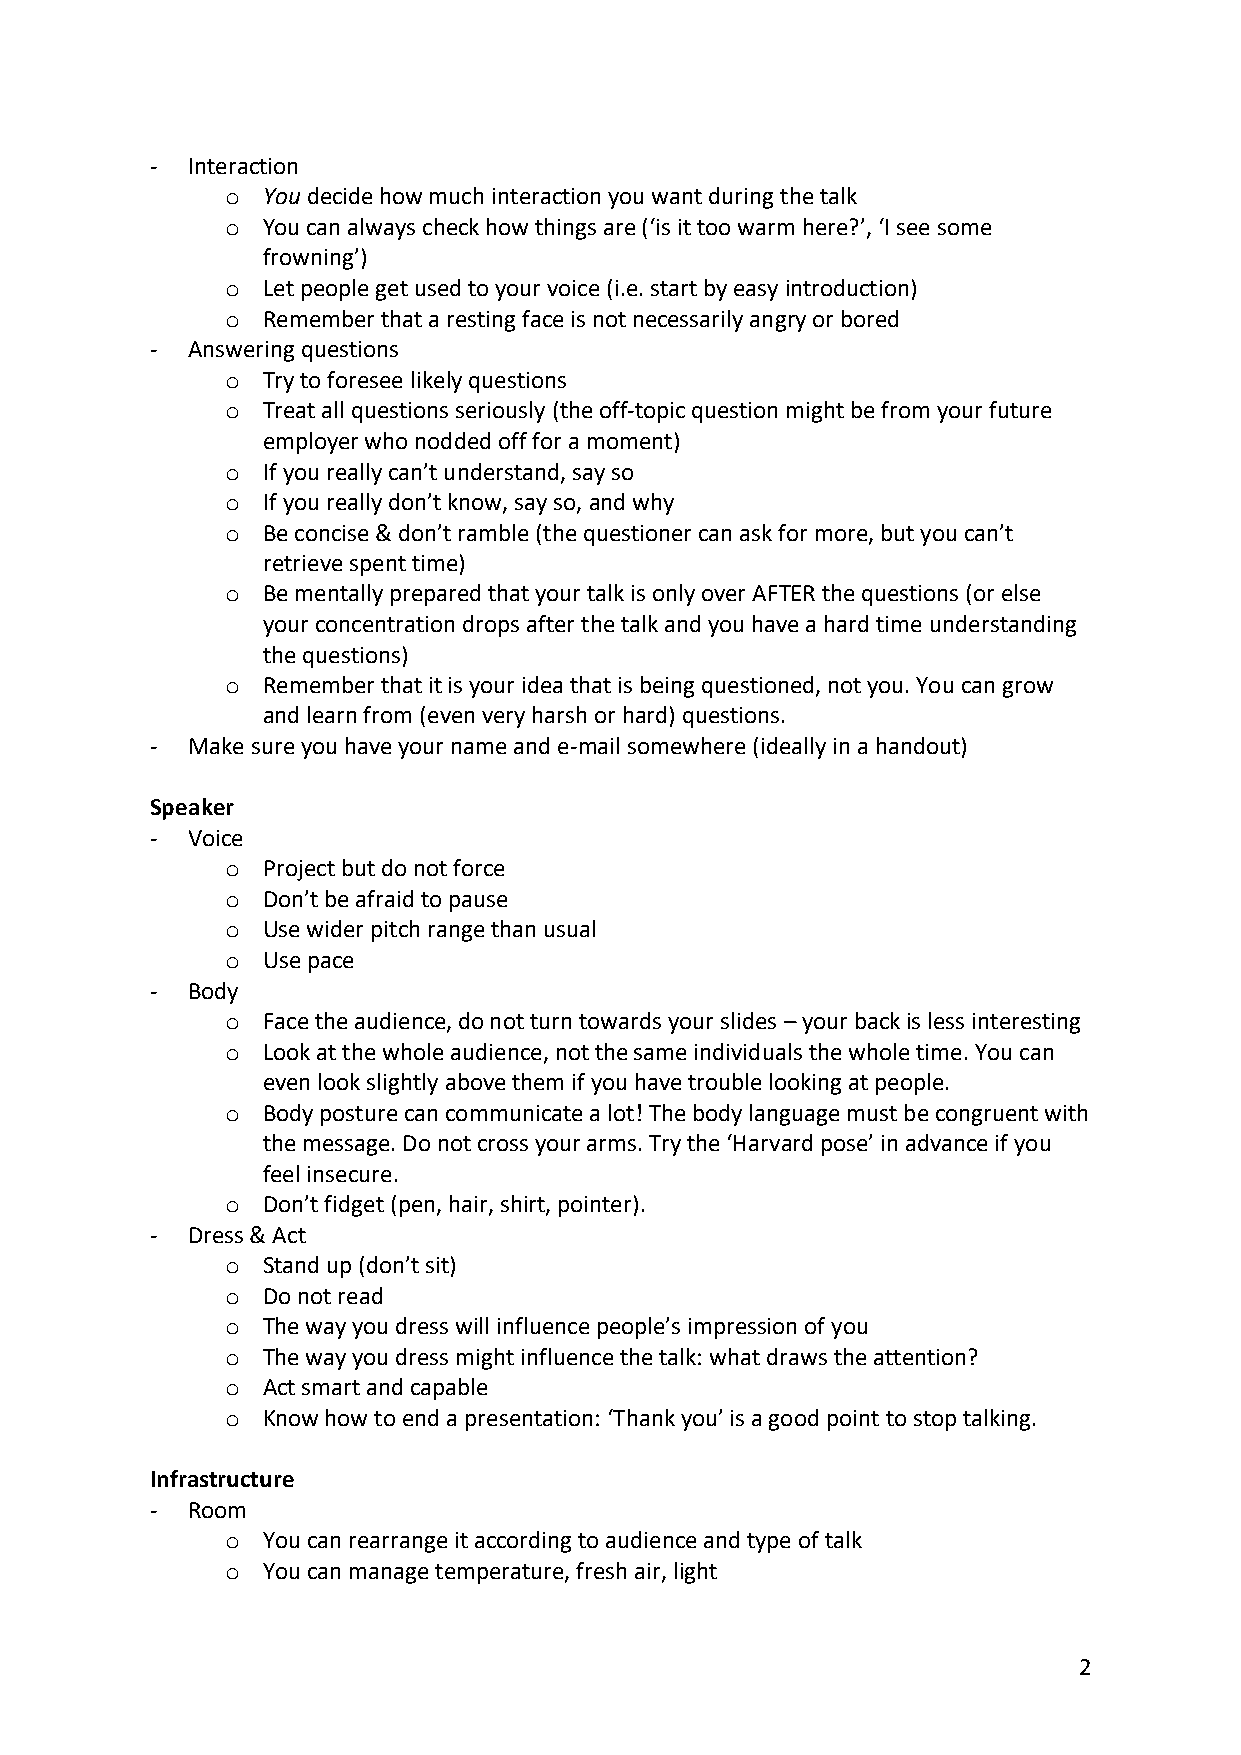
- Interaction
 o You decide how much interaction you want during the talk
 o You can always check how things are (‘is it too warm here?’, ‘I see some
 frowning’)
 o Let people get used to your voice (i.e. start by easy introduction)
 o Remember that a resting face is not necessarily angry or bored
 - Answering questions
 o Try to foresee likely questions
 o Treat all questions seriously (the off-topic question might be from your future
 employer who nodded off for a moment)
 o If you really can’t understand, say so
 o If you really don’t know, say so, and why
 o Be concise & don’t ramble (the questioner can ask for more, but you can’t
 retrieve spent time)
 o Be mentally prepared that your talk is only over AFTER the questions (or else
 your concentration drops after the talk and you have a hard time understanding
 the questions)
 o Remember that it is your idea that is being questioned, not you. You can grow
 and learn from (even very harsh or hard) questions.
 - Make sure you have your name and e-mail somewhere (ideally in a handout)
 Speaker
 - Voice
 o Project but do not force
 o Don’t be afraid to pause
 o Use wider pitch range than usual
 o Use pace
 - Body
 o Face the audience, do not turn towards your slides – your back is less interesting
 o Look at the whole audience, not the same individuals the whole time. You can
 even look slightly above them if you have trouble looking at people.
 o Body posture can communicate a lot! The body language must be congruent with
 the message. Do not cross your arms. Try the ‘Harvard pose’ in advance if you
 feel insecure.
 o Don’t fidget (pen, hair, shirt, pointer).
 - Dress & Act
 o Stand up (don’t sit)
 o Do not read
 o The way you dress will influence people’s impression of you
 o The way you dress might influence the talk: what draws the attention?
 o Act smart and capable
 o Know how to end a presentation: ‘Thank you’ is a good point to stop talking.
 Infrastructure
 - Room
 o You can rearrange it according to audience and type of talk
 o You can manage temperature, fresh air, light
 2